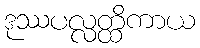
ဒုဿပလ္လတ္ထိကာယ